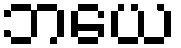
ဘယေ